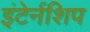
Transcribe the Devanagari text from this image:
इंटेर्नशिप